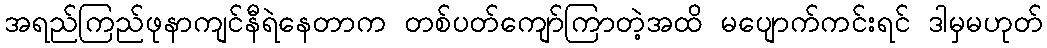
အရည်ကြည်ဖုနာကျင်နီရဲနေတာက တစ်ပတ်ကျော်ကြာတဲ့အထိ မပျောက်ကင်းရင် ဒါမှမဟုတ်